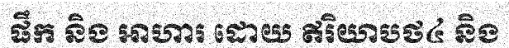
ផឹក និង ឤហារ ដោយ ឥរិយាបថ៤ និង